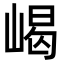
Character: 嵑